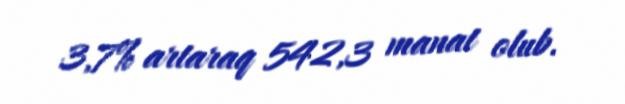
3,7% artaraq 542,3 manat olub.